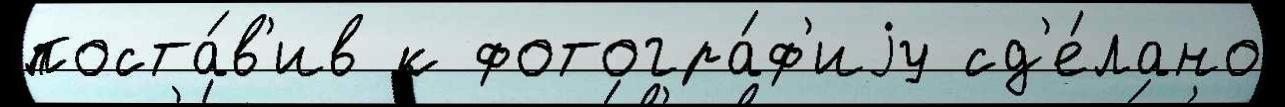
поста́в'ив к фотогра́ф'иjу сд'е́лано